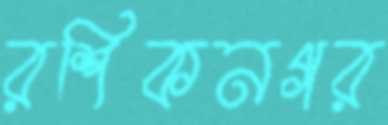
রশিকনগর